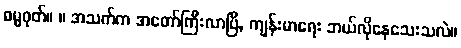
ဓမ္မဂုတ်။ ။ အသက်က အတော်ကြီးလာပြီ, ကျန်းမာရေး ဘယ်လိုနေသေးသလဲ။